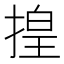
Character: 揘